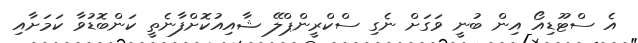
އެ ސްޓޫޑިއޯ އިން ބުނީ ވަގަށް ނެގި ސްކްރީންޕްލޭ ޝާއިއުކޮށްފާނެތީ ކަންބޮޑުވާ ކަމަށާއި